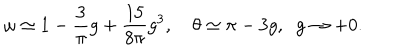
\omega \simeq 1 - \frac 3 \pi g + \frac { 1 5 } { 8 \pi } g ^ { 3 } , \quad \theta \simeq \pi - 3 g , \; \; g \to + 0 .